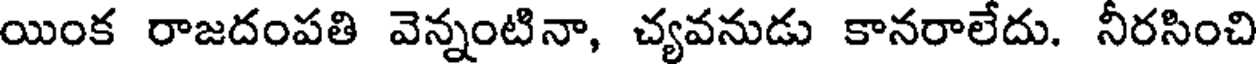
యింక రాజదంపతి వెన్నంటినా, చ్యవనుడు కానరాలేదు. నీరసించి